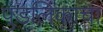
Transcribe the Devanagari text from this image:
पुंडलिकाचा